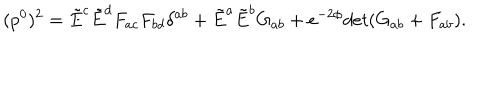
( p ^ { 0 } ) ^ { 2 } = \tilde { E } ^ { c } \tilde { E } ^ { d } F _ { a c } F _ { b d } \delta ^ { a b } + \tilde { E } ^ { a } \tilde { E } ^ { b } G _ { a b } + e ^ { - 2 \phi } d e t ( G _ { a b } + F _ { a b } ) .